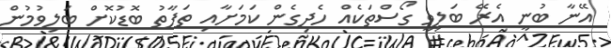
އޭނާ ބުނީ އެރޭ ބަލިވީ ގޯސްތަކެއް ހެދިގެން ކަމަށާއި ތަފާތު ބޮޑުކޮށް ބަލިވުމުން